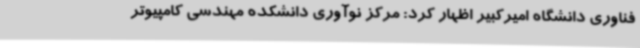
فناوری دانشگاه امیرکبیر اظهار کرد: مرکز نوآوری دانشکده مهندسی کامپیوتر